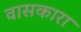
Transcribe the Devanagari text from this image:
वासकारा